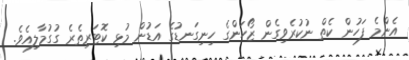
އެންމެ ފަހުން ކެތް ނުކުރެވިގެން ޒޯހަންގެ ހިނިގަނޑުގެ އަޑުން މުޅި ކޮޓަރިތެރެ ގުގުމާލިއެވެ.